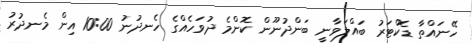
ހޭނައްތާ ޑޮކްޓަރު ބައްލަވާނީ ބަންދުނޫން ކޮންމެ ދުވަހެއްގެ ހެނދުނު 10:00 އިން މެނދުރު